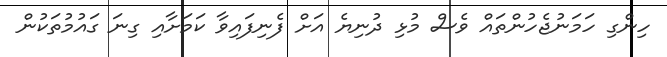
ހިންގި ހަމަނުޖެހުންތައް ވެސް މުޅި ދުނިޔެ އަށް ފެނިފައިވާ ކަމަށާއި ގިނަ ގައުމުތަކުން